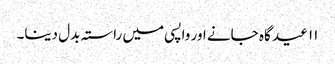
۱۱ عید گاہ جانے اور واپسی میں راستہ بدل دینا۔